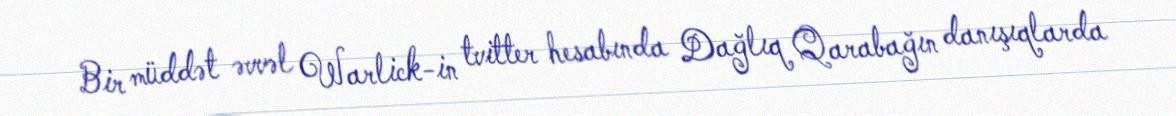
Bir müddət əvvəl Warlick-in tvitter hesabında Dağlıq Qarabağın danışıqlarda